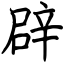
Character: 辟